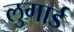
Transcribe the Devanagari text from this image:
लुगार्ड